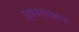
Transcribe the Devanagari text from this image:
प्रवचनावरून